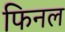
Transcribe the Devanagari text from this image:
फिनल